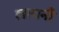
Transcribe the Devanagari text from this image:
लायनी